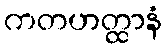
ကတဟတ္ထာနံ